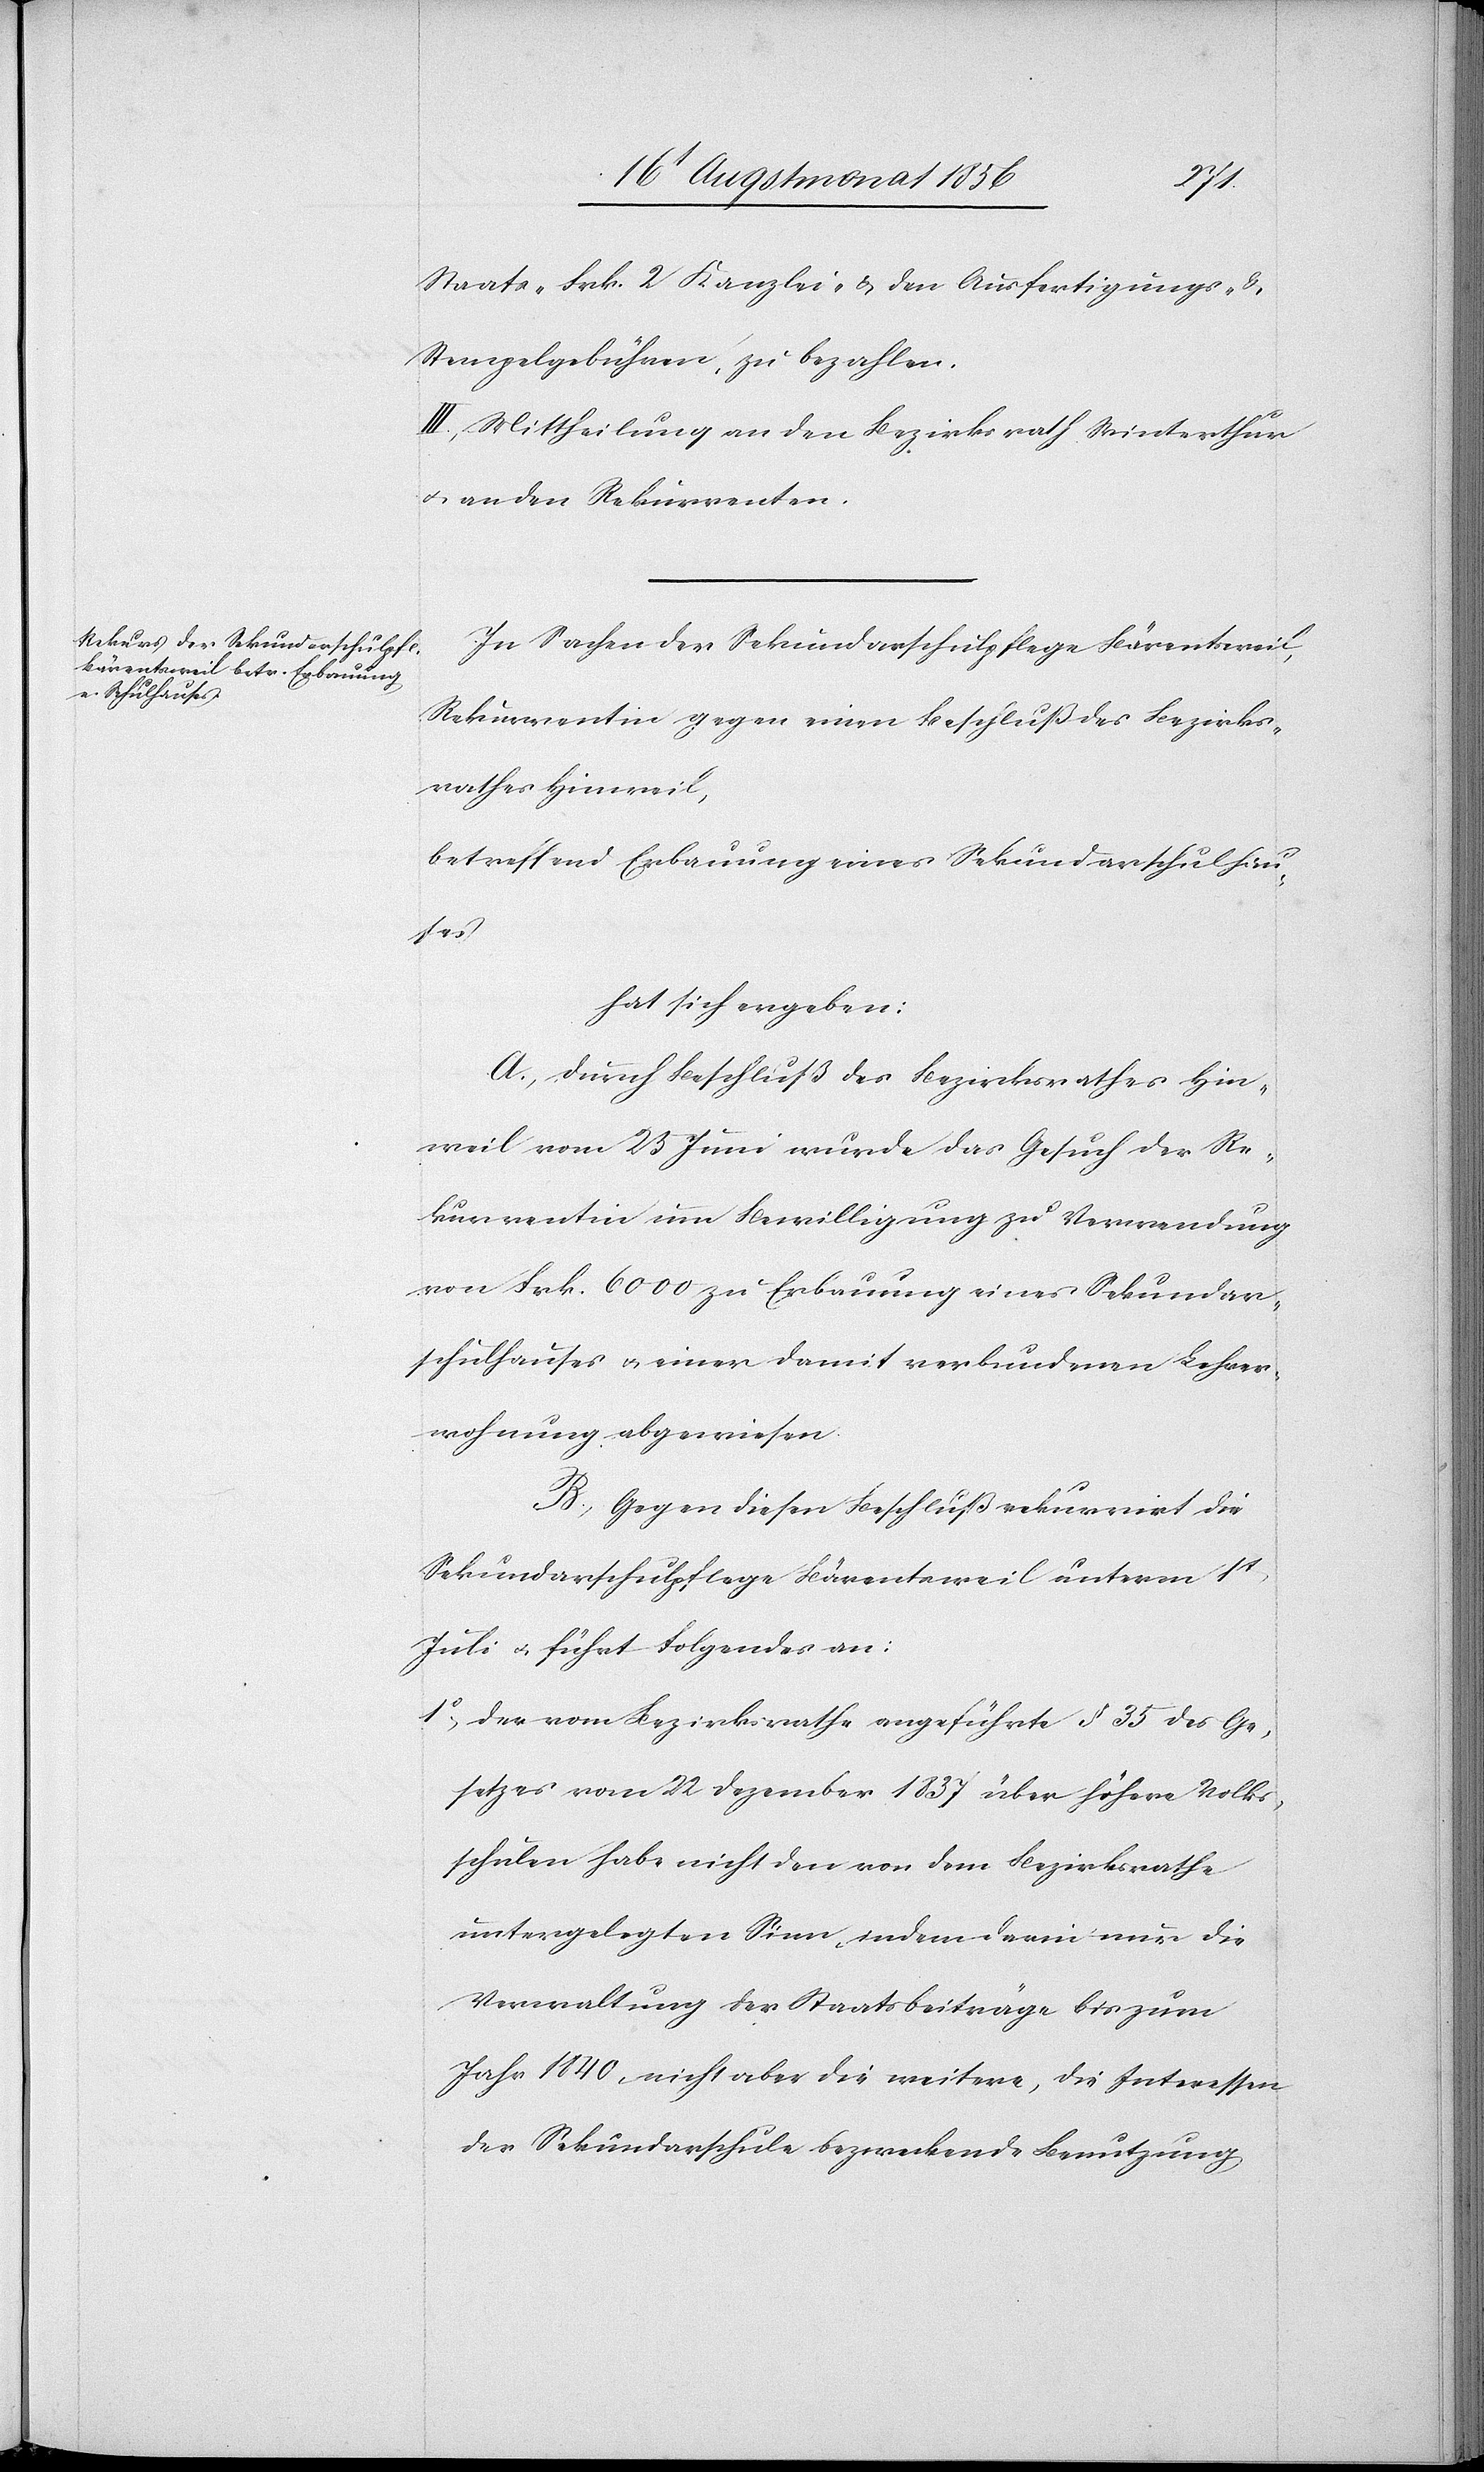
Staats-[,] Frk. 2 Kanzlei & den Ausfertigungs-
Stempelgebühren, zu bezahlen.
III. Mittheilung an den Bezirksrath Winterthur
u. an den Rekurrenten.
In Sachen der Sekundarschulpflege Bärentsweil,
Rekurrentin gegen einen Beschluß des Bezirks¬
rathes Hinweil,
betreffend Erbauung eines Sekundarschulhau¬
ses
hat sich ergeben:
A.) Durch Beschluß des Bezirksrathes Hin¬
weil vom 23 Juni wurde das Gesuch der Re¬
kurrentin um Bewilligung zu Verwendung
von Frk. 6000 zu Erbauung eines Sekundar¬
schulhauses u. einer damit verbundenen Lehrer¬
wohnung abgewiesen.
B.) Gegen diesen Beschluß rekurrirt die
Sekundarschulpflege Bärentsweil unterm 1t
Juli u. führt Folgendes an:
1.) Der vom Bezirksrathe angeführte § 35 des Ge¬
setzes vom 22 Dezember 1837 über höhere Volks¬
schulen habe nicht den von dem Bezirksrathe
untergelegten Sinn, indem darin nur die
Verwaltung der Staatsbeiträge bis zum
Jahr 1840, nicht aber die weitere die Interessen
der Sekundarschule bezweckende Benutzung